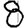
Digit: 8